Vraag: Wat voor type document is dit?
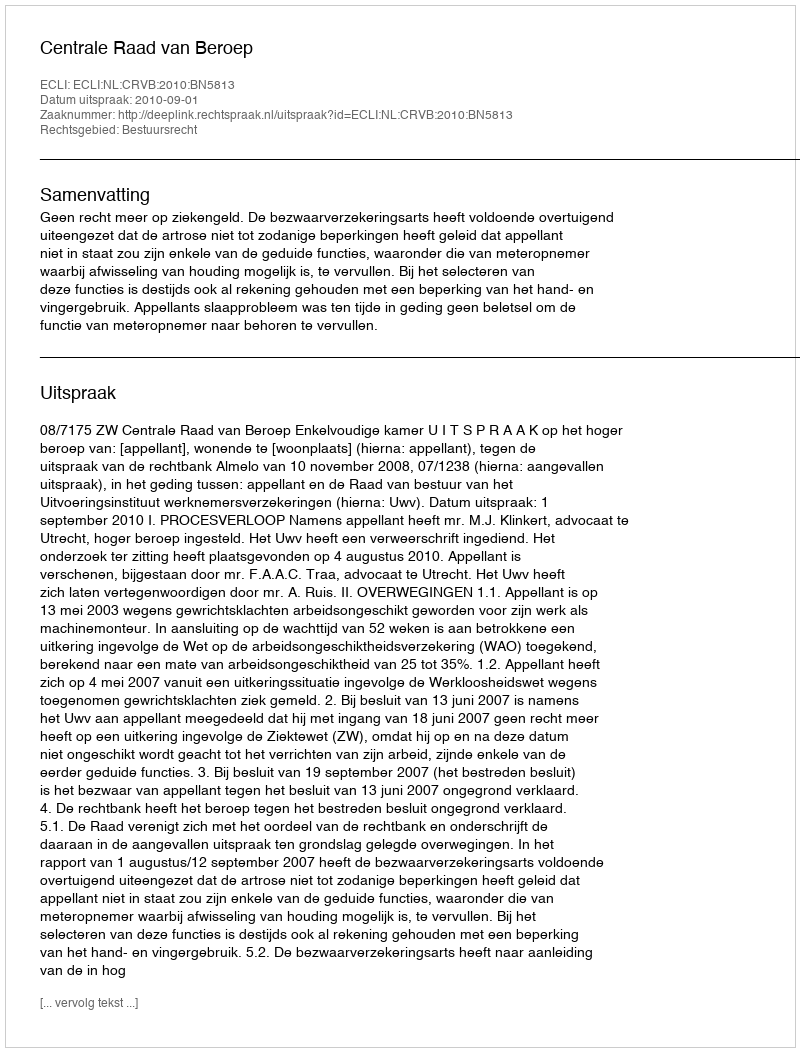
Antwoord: Uitspraak